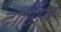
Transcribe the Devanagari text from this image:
दाळिंब